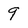
Character: 9